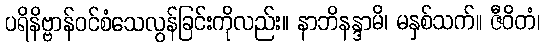
ပရိနိဗ္ဗာန်ဝင်စံသေလွန်ခြင်းကိုလည်း။ နာဘိနန္ဒာမိ၊ မနှစ်သက်။ ဇီဝိတံ၊